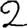
Digit: 2